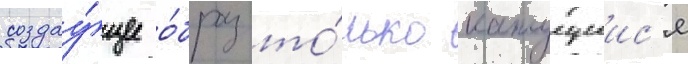
создау́щее о́браз то́лько кажущиис'я